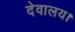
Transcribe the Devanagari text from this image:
देवालय।